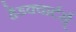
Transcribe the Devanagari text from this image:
हेडक्वार्टर्स्